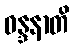
ဝန္ဒနာတိ